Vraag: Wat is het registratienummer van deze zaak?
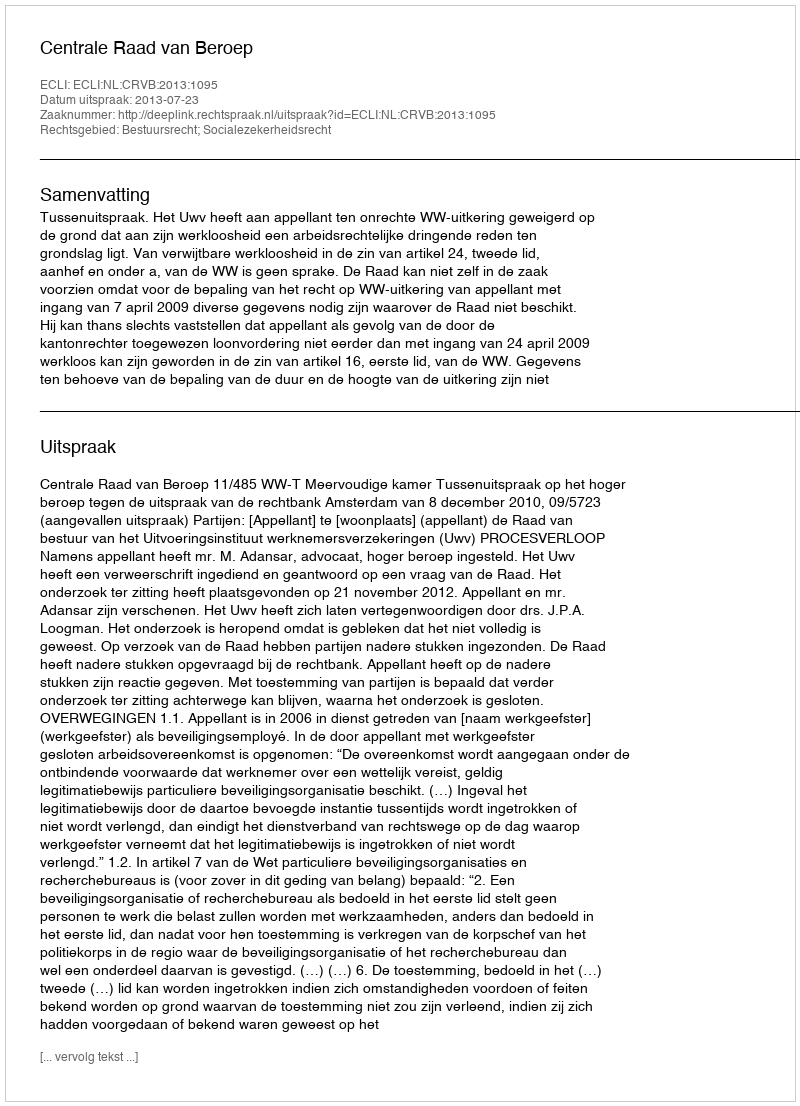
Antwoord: http://deeplink.rechtspraak.nl/uitspraak?id=ECLI:NL:CRVB:2013:1095